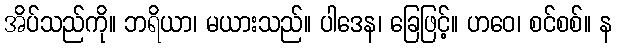
အိပ်သည်ကို။ ဘရိယာ၊ မယားသည်။ ပါဒေန၊ ခြေဖြင့်။ ဟဝေ၊ စင်စစ်။ န